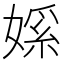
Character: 𫱘